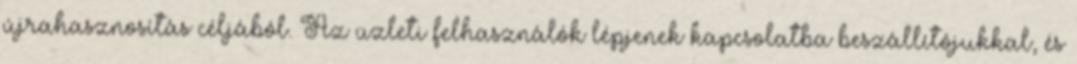
újrahasznosítás céljából. Az üzleti felhasználók lépjenek kapcsolatba beszállítójukkal, és